Indian journal of veterinary science and animal husbandry - Volumes 24-25, 1954-1955
Year: 1954
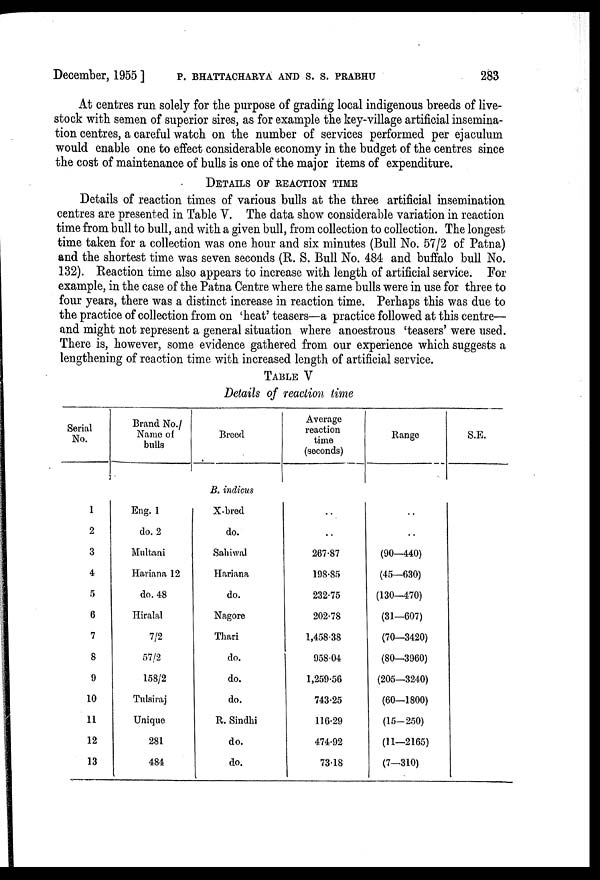
December, 1955] P. BHATTACHARYA AND S. S. PRABHU 283
At centres run solely for the purpose of grading local indigenous breeds of live-
stock with semen of superior sires, as for example the key-village artificial insemina-
tion centres, a careful watch on the number of services performed per ejaculum
would enable one to effect considerable economy in the budget of the centres since
the cost of maintenance of bulls is one of the major items of expenditure.
DETAILS OF REACTION TIME
Details of reaction times of various bulls at the three artificial insemination
centres are presented in Table V. The data show considerable variation in reaction
time from bull to bull, and with a given bull, from collection to collection. The longest
time taken for a collection was one hour and six minutes (Bull No. 57/2 of Patna)
and the shortest time was seven seconds (R. S. Bull No. 484 and buffalo bull No.
132). Reaction time also appears to increase with length of artificial service. For
example, in the case of the Patna Centre where the same bulls were in use for three to
four years, there was a distinct increase in reaction time. Perhaps this was due to
the practice of collection from on 'heat' teasers—a practice followed at this centre—
and might not represent a general situation where anoestrous 'teasers' were used.
There is, however, some evidence gathered from our experience which suggests a
lengthening of reaction time with increased length of artificial service.
TABLE V
Details of reaction time
Serial
No.
1
2
3
4
5
6
7
8
9
10
11
12
13
Brand No./
Name of
bulls
Eng. 1
do. 2
Multani
Haviana 12
do. 48
Hiralal
7/2
57/2
158/2
Tulsiraj
Unique
281
484
Breed
B. indicus
X-bred
do.
Sahiwal
Hariana
do.
Nagore
Thari
do.
do.
do.
R. Sindhi
do.
do.
Average
reaction
time
(seconds)
..
..
267.87
198.85
232.75
202.78
1,458.38
958.04
1,259.56
743.25
116.29
474.92
73.18
Range
..
..
(90—440)
(45—630)
(130—470)
(31—607)
(70—3420)
(80—3960)
(205—3240)
(60—1800)
(15—250)
(11—2165)
(7—310)
S.E.